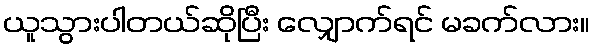
ယူသွားပါတယ်ဆိုပြီး လျှောက်ရင် မခက်လား။